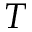
T